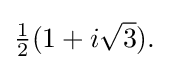
{\textstyle {\frac {1}{2}}(1+i{\sqrt {3}}).}